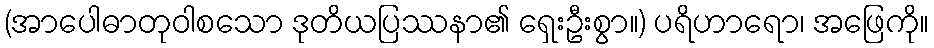
(အာပေါဓာတုဝါစသော ဒုတိယပြဿနာ၏ ရှေးဦးစွာ။) ပရိဟာရော၊ အဖြေကို။